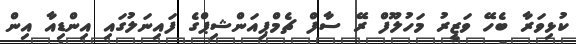
ކުޅިވަރާ ބެހޭ ވަޒީރު މަހުލޫފް ރޭ ސާފް ޗެމްޕިއަންޝިޕްގެ ފައިނަލުގައި އިންޑިއާ އިން